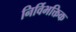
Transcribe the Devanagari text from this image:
निर्विभक्तिक